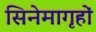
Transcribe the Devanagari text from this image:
सिनेमागृहों